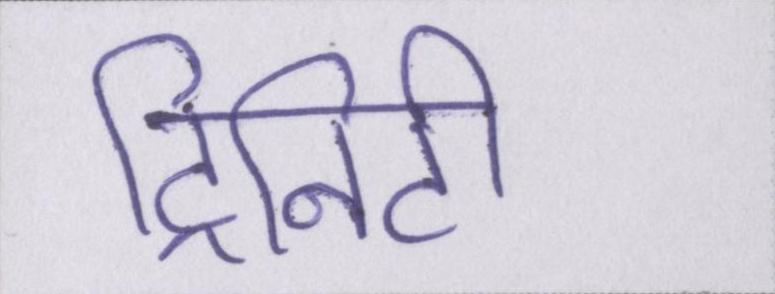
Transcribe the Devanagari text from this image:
ट्रिनिटी